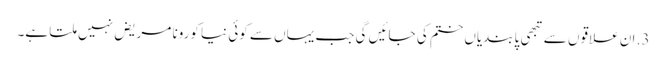
3. ان علاقوں سے تبھی پابندیاں ختم کی جائیں گی جب یہاں سے کوئی نیا کورونا مریض نہیں ملتا ہے۔